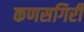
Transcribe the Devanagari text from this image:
कणसगिरी